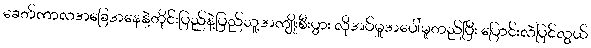
ခေတ်ကာလအခြေအနေနဲ့တိုင်းပြည်နဲ့ပြည်သူ့အကျိုးစီးပွား လိုအပ်မှုအပေါ်မူတည်ပြီး ပြောင်းလဲပြင်လွယ်